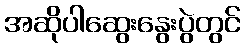
အဆိုပါဆွေးနွေးပွဲတွင်